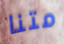
متنا